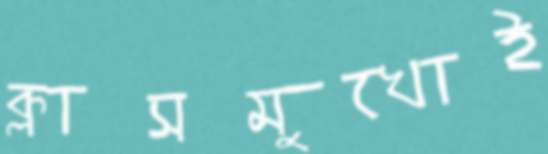
ক্লাসমুখোই